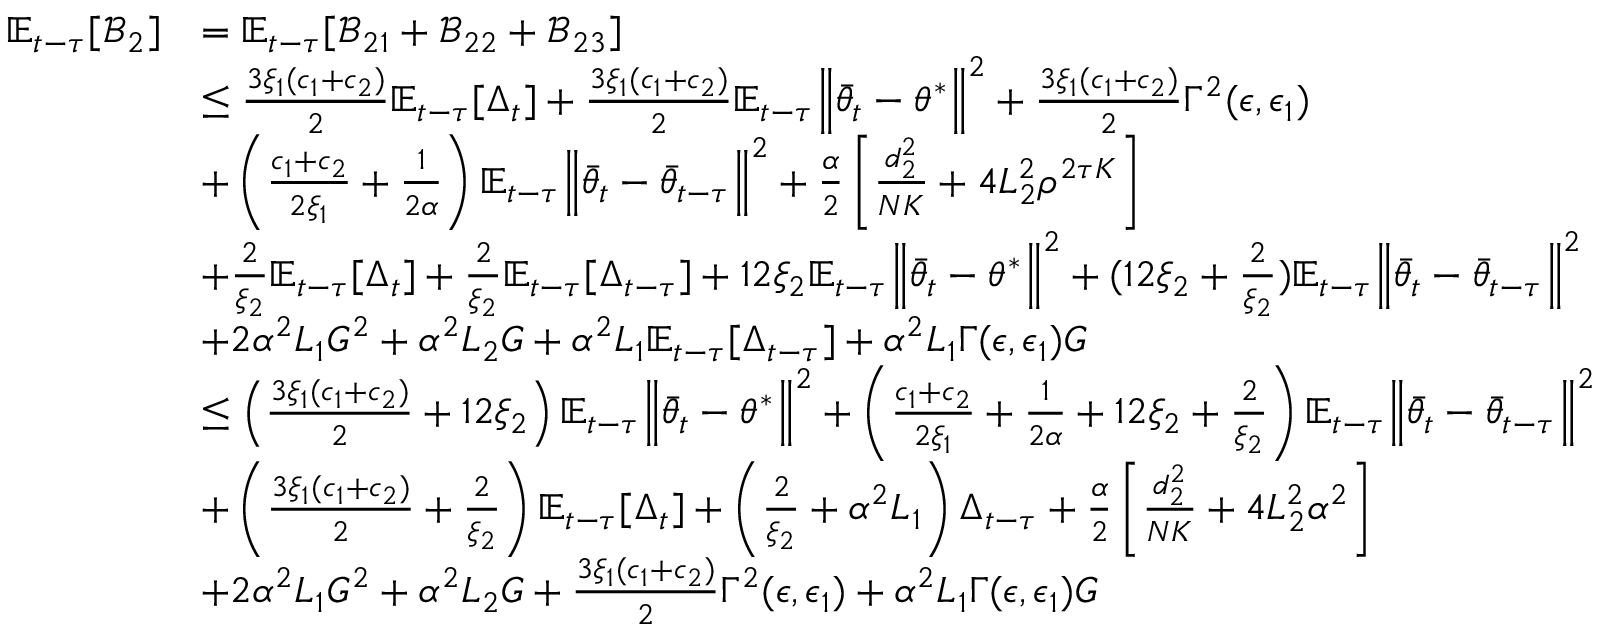
\begin{array} { r l } { \mathbb { E } _ { t - \tau } [ \mathcal { B } _ { 2 } ] } & { = \mathbb { E } _ { t - \tau } [ \mathcal { B } _ { 2 1 } + \mathcal { B } _ { 2 2 } + \mathcal { B } _ { 2 3 } ] } \\ & { \le \frac { 3 \xi _ { 1 } ( c _ { 1 } + c _ { 2 } ) } { 2 } \mathbb { E } _ { t - \tau } [ \Delta _ { t } ] + \frac { 3 \xi _ { 1 } ( c _ { 1 } + c _ { 2 } ) } { 2 } \mathbb { E } _ { t - \tau } \Big \lVert \bar { \theta } _ { t } - \theta ^ { * } \Big \rVert ^ { 2 } + \frac { 3 \xi _ { 1 } ( c _ { 1 } + c _ { 2 } ) } { 2 } \Gamma ^ { 2 } ( \epsilon , \epsilon _ { 1 } ) } \\ & { + \left( \frac { c _ { 1 } + c _ { 2 } } { 2 \xi _ { 1 } } + \frac { 1 } { 2 \alpha } \right) \mathbb { E } _ { t - \tau } \Big \lVert \bar { \theta } _ { t } - \bar { \theta } _ { t - \tau } \Big \rVert ^ { 2 } + \frac { \alpha } { 2 } \left[ \frac { d _ { 2 } ^ { 2 } } { N K } + 4 L _ { 2 } ^ { 2 } \rho ^ { 2 \tau K } \right] } \\ & { + \frac { 2 } { \xi _ { 2 } } \mathbb { E } _ { t - \tau } [ \Delta _ { t } ] + \frac { 2 } { \xi _ { 2 } } \mathbb { E } _ { t - \tau } [ \Delta _ { t - \tau } ] + 1 2 \xi _ { 2 } \mathbb { E } _ { t - \tau } \Big \lVert \bar { \theta } _ { t } - \theta ^ { * } \Big \rVert ^ { 2 } + ( 1 2 \xi _ { 2 } + \frac { 2 } { \xi _ { 2 } } ) \mathbb { E } _ { t - \tau } \Big \lVert \bar { \theta } _ { t } - \bar { \theta } _ { t - \tau } \Big \rVert ^ { 2 } } \\ & { + 2 \alpha ^ { 2 } L _ { 1 } G ^ { 2 } + \alpha ^ { 2 } L _ { 2 } G + \alpha ^ { 2 } L _ { 1 } \mathbb { E } _ { t - \tau } [ \Delta _ { t - \tau } ] + \alpha ^ { 2 } L _ { 1 } \Gamma ( \epsilon , \epsilon _ { 1 } ) G } \\ & { \le \left( \frac { 3 \xi _ { 1 } ( c _ { 1 } + c _ { 2 } ) } { 2 } + 1 2 \xi _ { 2 } \right) \mathbb { E } _ { t - \tau } \Big \lVert \bar { \theta } _ { t } - \theta ^ { * } \Big \rVert ^ { 2 } + \left( \frac { c _ { 1 } + c _ { 2 } } { 2 \xi _ { 1 } } + \frac { 1 } { 2 \alpha } + 1 2 \xi _ { 2 } + \frac { 2 } { \xi _ { 2 } } \right) \mathbb { E } _ { t - \tau } \Big \lVert \bar { \theta } _ { t } - \bar { \theta } _ { t - \tau } \Big \rVert ^ { 2 } } \\ & { + \left( \frac { 3 \xi _ { 1 } ( c _ { 1 } + c _ { 2 } ) } { 2 } + \frac { 2 } { \xi _ { 2 } } \right) \mathbb { E } _ { t - \tau } [ \Delta _ { t } ] + \left( \frac { 2 } { \xi _ { 2 } } + \alpha ^ { 2 } L _ { 1 } \right) \Delta _ { t - \tau } + \frac { \alpha } { 2 } \left[ \frac { d _ { 2 } ^ { 2 } } { N K } + 4 L _ { 2 } ^ { 2 } \alpha ^ { 2 } \right] } \\ & { + 2 \alpha ^ { 2 } L _ { 1 } G ^ { 2 } + \alpha ^ { 2 } L _ { 2 } G + \frac { 3 \xi _ { 1 } ( c _ { 1 } + c _ { 2 } ) } { 2 } \Gamma ^ { 2 } ( \epsilon , \epsilon _ { 1 } ) + \alpha ^ { 2 } L _ { 1 } \Gamma ( \epsilon , \epsilon _ { 1 } ) G } \end{array}